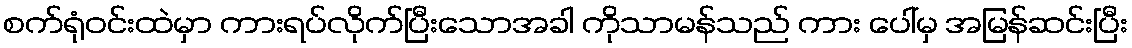
စက်ရုံဝင်းထဲမှာ ကားရပ်လိုက်ပြီးသောအခါ ကိုသာမန်သည် ကား ပေါ်မှ အမြန်ဆင်းပြီး